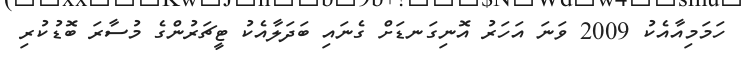
ހަމަމިއާއެކު 2009 ވަނަ އަހަރު އޮނިގަނޑަށް ގެނައި ބަދަލާއެކު ޓީޗަރުންގެ މުސާރަ ބޮޑުކުރި